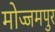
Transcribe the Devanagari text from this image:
मोज्जमपुर